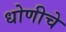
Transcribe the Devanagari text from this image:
धोणीचे